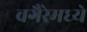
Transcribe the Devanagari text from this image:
वगैरेमध्ये